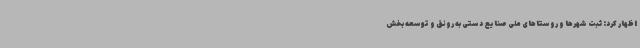
اظهار کرد: ثبت شهرها و روستاهای ملی صنایع‌ دستی به رونق و توسعه بخش